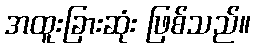
အထူးခြားဆုံး ဖြစ်သည်။